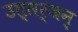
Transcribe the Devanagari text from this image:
उत्सर्जन्